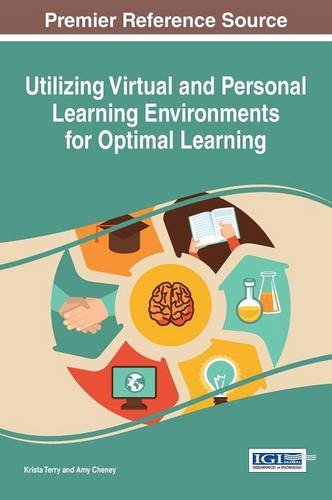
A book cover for Utilizing Virtual and Personal Learning Environments for Optimal Learning (Advances in Educational Technologies and Instructional Design); Krista Terry; Education & Teaching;